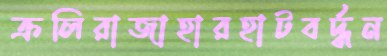
ক্রলিরাজাহারহাটবর্দ্ধন